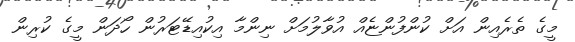
މީގެ ތެރެއިން އަށް ކުންފުންޏެއް އުވާލުމަށް ނިންމާ އިކުއިޑޭޓަރުން ހޯދަން މީގެ ކުރިން